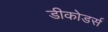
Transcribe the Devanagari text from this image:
डीकोडर्स